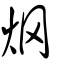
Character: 焹